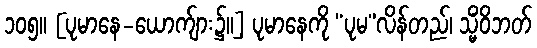
၁၀၅။ [ပုမာနေ-ယောက်ျား၌။] ပုမာနေကို “ပုမ”လိန်တည်၊ သ္မိံဝိဘတ်